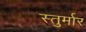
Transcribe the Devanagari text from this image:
स्तुर्मार